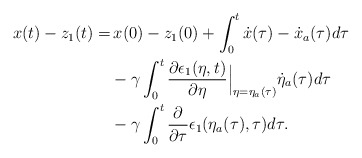
\begin{align*}\begin{aligned}x(t)-z_1(t) =& \,x(0)-z_1(0) + \int_0^t\dot{x}(\tau)-\dot{x}_a(\tau) d\tau\\&- \gamma \int_0^t \dfrac{\partial \epsilon_1(\eta,t)}{\partial \eta}\Big|_{\eta = \eta_a(\tau)}\dot{\eta}_a(\tau) d\tau\\&- \gamma \int_0^t \dfrac{\partial }{\partial \tau} \epsilon_1(\eta_a(\tau),\tau) d\tau.\end{aligned}\end{align*}